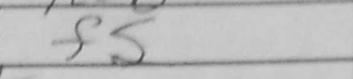
Transcription: f5